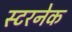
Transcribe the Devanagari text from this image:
स्टरनेक